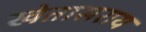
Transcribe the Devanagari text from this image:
खेतासराय